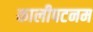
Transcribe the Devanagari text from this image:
कालीपटनम